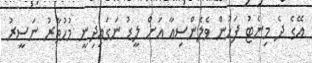
އޭގެ ދެ މިނެޓު ފަހުން ވެލެންސިއާ އަށް ލީޑު ނަގައިދިނީ މުހުތާރު ނަސީރު